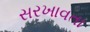
સરખાવતા